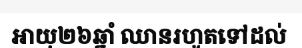
អាយុ២៦ឆ្នាំ ឈានរហូតទៅដល់